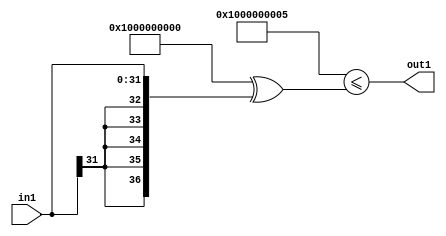
`timescale 1ps / 1ps
/*****************************************************************************
    Verilog RTL Description
    
    
    Created by: Stratus DpOpt 21.05.01 
*******************************************************************************/

module SobelFilter_Gei5s32_1 (
	in1,
	out1
	); /* architecture "behavioural" */ 
input [31:0] in1;
output  out1;
wire  asc001;

assign asc001 = ((37'B1000000000000000000000000000000000000 ^ 37'B0000000000000000000000000000000000101)<=(37'B1000000000000000000000000000000000000
    ^ {{5{in1[31]}}, in1}));

assign out1 = asc001;
endmodule

/* CADENCE  uLP3Tgo= : u9/ySxbfrwZIxEzHVQQV8Q== ** DO NOT EDIT THIS LINE ******/